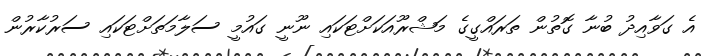
އެ ގަވާއިދު ބުނާ ގޮތުން ތަރައްގީގެ މަޝްރޫއަކަށްޓަކައި ނޫނީ ގައުމީ ސަލާމަތަށްޓަކައި ސަރުކާރުން